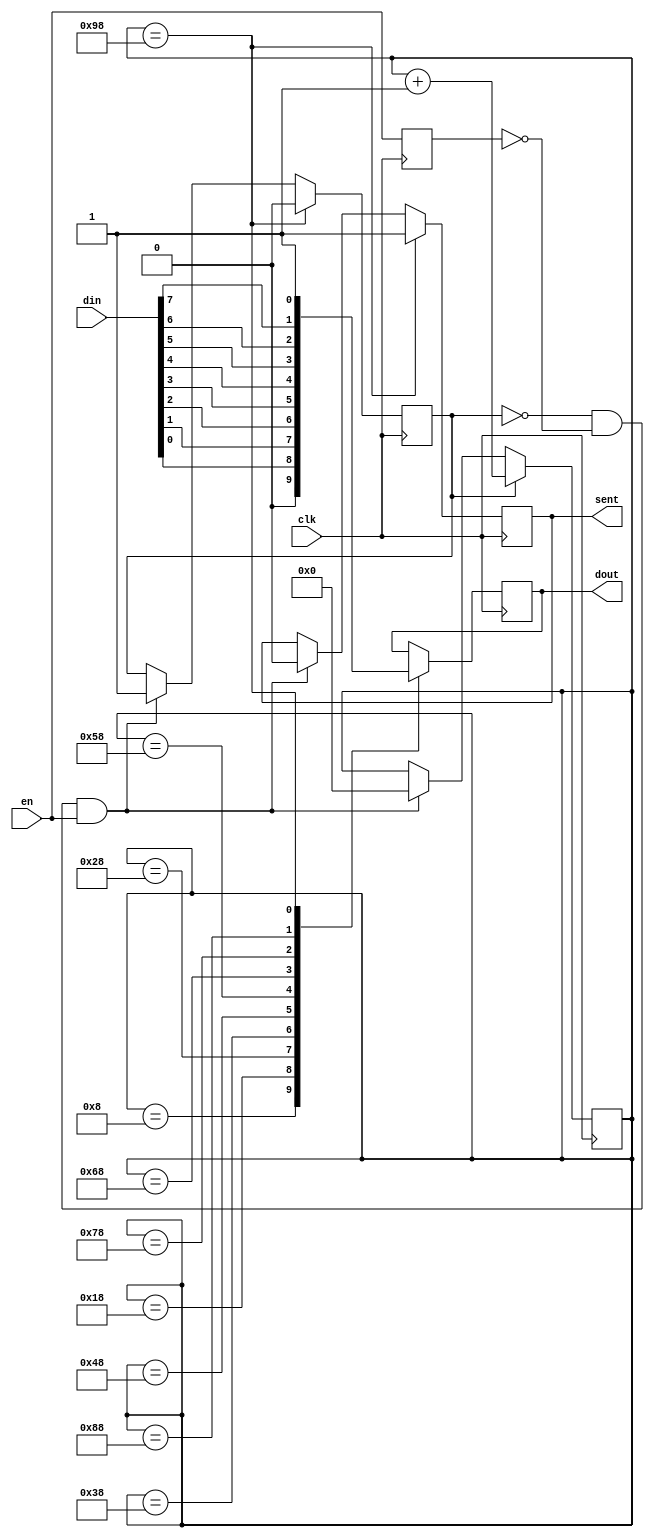
`timescale 1ns / 1ps
//////////////////////////////////////////////////////////////////////////////////
// Company: 
// Engineer: 
// 
// Design Name: 
// Module Name: transmitter
// Project Name: 
// Target Devices: 
// Tool Versions: 
// Description: 
// 
// Dependencies: 
// 
// Revision:
// Revision 0.01 - File Created
// Additional Comments:
// 
//////////////////////////////////////////////////////////////////////////////////


module transmitter (
    output reg dout,
    output reg sent,
    input [7:0] din,
    input en,
    input clk
);

    reg last;
    reg sending;
    reg [7:0] data;
    reg [7:0] count;

    initial begin
        sending <= 0;
        count <= 0;
        dout <= 1;
    end

    always @(posedge clk) begin
        if(!sending && !last && en) begin
            data <= din;
            sending <= 1;
            sent <= 0;
            count <= 0;
        end

        last <= en;

        if(sending) count <= count+1;

        case (count)
            8'd8: dout <= 0;
            8'd24: dout <= din[0];
            8'd40: dout <= din[1];
            8'd56: dout <= din[2];
            8'd72: dout <= din[3];
            8'd88: dout <= din[4];
            8'd104: dout <= din[5];
            8'd120: dout <= din[6];
            8'd136: dout <= din[7];
            8'd152: begin sent <= 1; sending <= 0; dout <= 1; end
        endcase
    end
endmodule